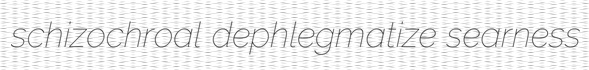
schizochroal dephlegmatize searness